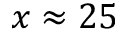
x \approx 2 5